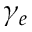
\gamma _ { e }